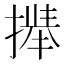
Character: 𫽻